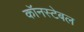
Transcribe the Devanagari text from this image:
कॉनस्टेबल